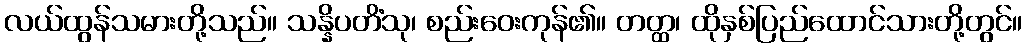
လယ်ထွန်သမားတို့သည်။ သန္နိပတိံသု၊ စည်းဝေးကုန်၏။ တတ္ထ၊ ထိုနှစ်ပြည်ထောင်သားတို့တွင်။